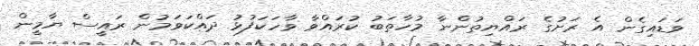
ވަޑައިގެން އެ ރަށުގެ ރައްޔިތުންނާ މުހާތަބު ކުރައްވާ ވާހަކަފުޅު ދައްކަވަމުން ރައީސް ޔާމީން